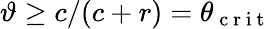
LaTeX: \vartheta\geq c/(c+r)=\theta_{\mathrm{~c~r~i~t~}}